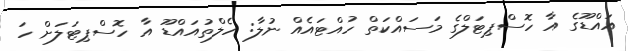
އައްޑޫގެ އާ ހޮސްޕިޓަލްގެ މަސައްކަތް ހުއްޓަައެއް ނުލާ: ހެލްތުއައްޑޫ އާ ހޮސްޕިޓަލަށް ހަ